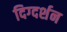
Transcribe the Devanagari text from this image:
दिग्‍दर्शन